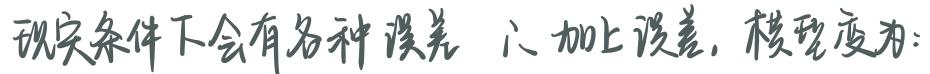
现实条件下会有各种误差，加上误差，模型变为：